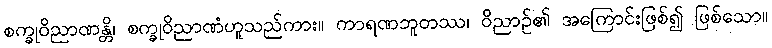
စက္ခုဝိညာဏန္တိ၊ စက္ခုဝိညာဏံဟူသည်ကား။ ကာရဏဘူတဿ၊ ဝိညာဉ်၏ အကြောင်းဖြစ်၍ ဖြစ်သော။